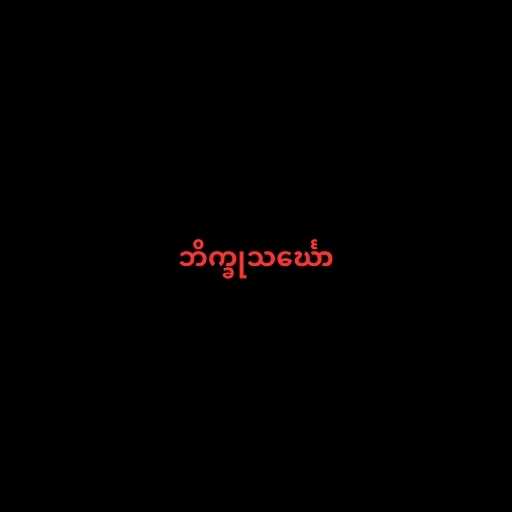
ဘိက္ခုသင်္ဃော